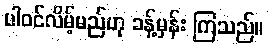
ပါဝင်လိမ့်မည်ဟု ခန့်မှန်း ကြသည်။